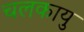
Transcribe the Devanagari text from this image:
चलकायु